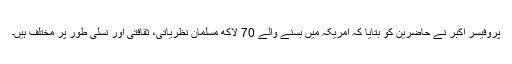
پروفیسر اکبر نے حاضرین کو بتایا کہ امریکہ میں بسنے والے 70 لاکھ مسلمان نظریاتی، ثقافتی اور نسلی طور پر مختلف ہیں۔